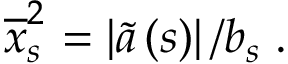
\overline { { x } } _ { s \, } ^ { 2 } = \left\vert \widetilde { a } \left( s \right) \right\vert / b _ { s } \; .